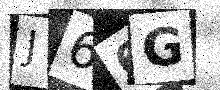
Text: J66G